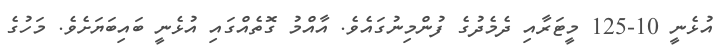
އުޅެނީ 10-125 މީޓަރާއި ދެމެދުގެ ފުންމިނުގައެވެ. އާއްމު ގޮތެއްގައި އުޅެނީ ބައިބަޔަށެވެ. މަހުގެ